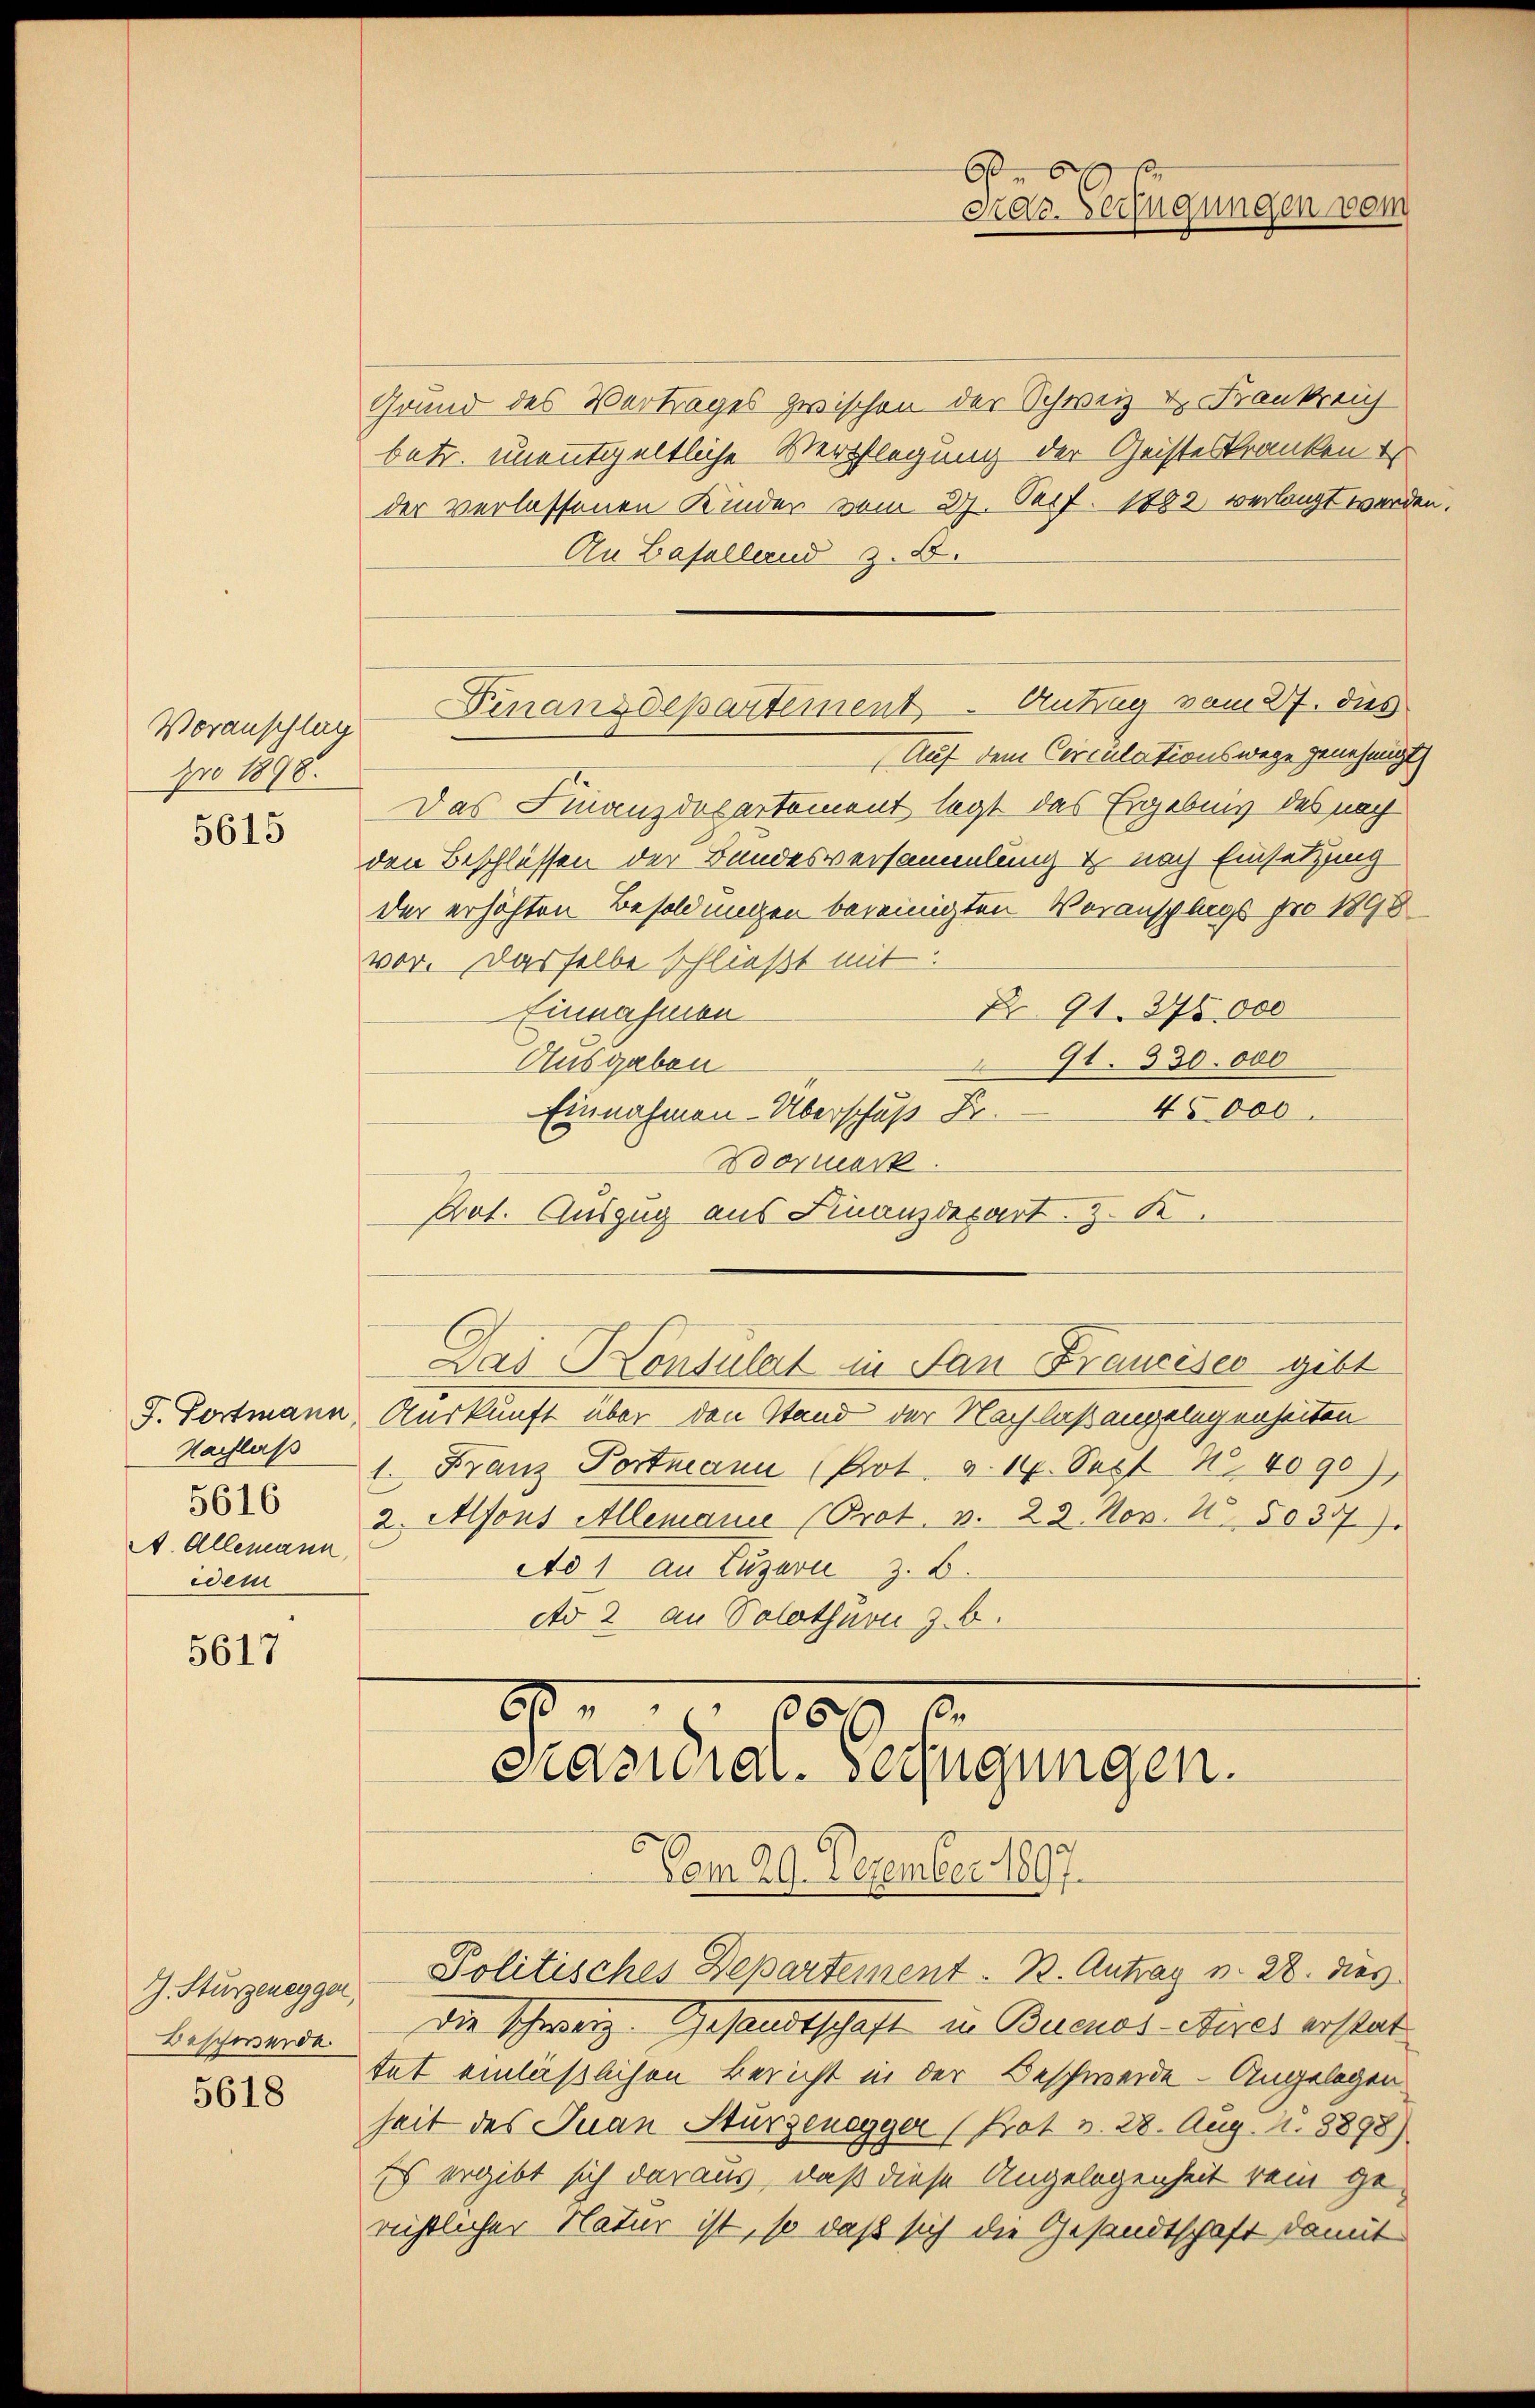
Voranschlag
pro 1898.

5615

Kauflass
5616
A. Allemann
idem

5617

J. Sturzenegger,
Beschwerde
5618

Grund des Vertrages zwischen der Schweiz u. Frankreich
betr. unentgeltliche Verpflegung der Geisteskranken
der verlassenen Kinder vom 27. Seif. 1882 verlangt werden
An Basellernd z. B.
Auf dem Circulationswege genehmigt
Das Finanzdepartement legt das Ergebnis des nach
den Beschlüssen der Bundesversammlung & nach Einsetzung
der erhöhten Besoldungen bereinigten Voranschlags pro 1898
vor. Dasselbe schließt mit
No 91. 376,000
Einnahmen
91. 330.000
Ausgaben
e
45000
Einnahmen-Überschuß Br.
Dormerk
Prot. Auszug aus Finanzdepart. z. K.
Das Konsulat in San Francises gibt
F. Fortmann, Auskunft über den Stand der Nachlaßangelegenheiten
1. Franz Portmann (Pot. a. 14. Sept No. 4090),
2. Alfons Allemanne (Prot. v. 23. Nov. 15037).
Ad 1 an Luzern z. B.
dto 2 an Solothurn z. B.

Finanzdepartement - Antrag vom 27. dies

be
dar. Verfügungen vom

6000
Präsidial-Verfügungen.

Aam 29. Dezember 1897.
Politisches Departement - B. Antrag v. 28. dies
Die schweiz. Gesandtschaft in Buenos-Aires erstat
tat einläßlichen Bericht in der Beschwerde - Angelegen
heit des Juan Sturzenegger (Prot v. 28. Aug. N. 8898)
Es ergibt sich daraus, daß diese Angelegenheit kein gerichtlicher Natur ist, so daß sich die Gesandtschaft damit